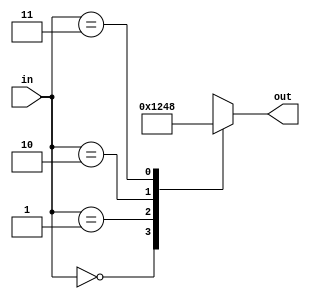
module decodor_v5
	(
		input wire [1:0] in,
		output reg [3:0] out 
	);

always@(*)
begin
	case(in) // functioneaza ca switch/case din c/c++; sintaxa usor diferita
		0: // if in == 0
			begin
			out = 1;
			end
		2'd1: // if in == 1;	2'd1 se traduce: pe 2 biti, in baza zece (eng: decimal, "d"), valoarea 1
			begin	// pt "0" de mai sus: daca nu se pune nimic se considera in baza zece.
			out = 2;
			end
		2'b10: // if in == 2;	scris in binar "b", 2'b10 => adica valoarea 2(10 binar) pe 2 biti 
			begin
			out = 4;
			end
		2'h3: // if in == 3;	scris in hexa (baza 16 "h", se poate si "x"), fiind numar mic, nu se vede diferenta fata de zecimal.
			begin
			out = 8;
			end
		default: // daca in == un caz netrat; 
			begin // aici inutil pt ca am tratat toate cazurile posibile; pus ca exemplu de sintaxa 
			out = 0;
			end
	endcase // orice "case" se inchide cu "endcase"
end 

endmodule